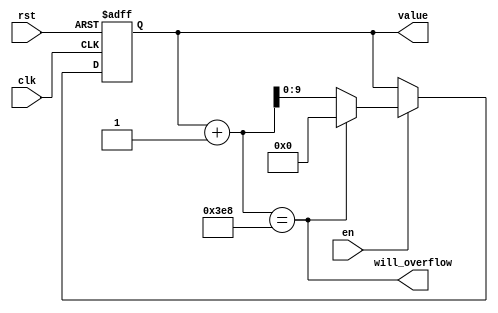
module counter (
	clk, rst, en, 
	value, 
	will_overflow
);
	parameter LIMIT = 1_000;
	parameter START_FROM = 0;
	parameter CONTINUE_FROM = START_FROM;
	
	localparam BITS = $clog2(LIMIT);
	localparam INCREMENT = 1'b1;

	input clk, rst, en;
	
	output reg [BITS-1:0] value = START_FROM;
	output will_overflow;
	
	assign will_overflow = value + INCREMENT == LIMIT;
	
	task reset;
		begin
			value <= START_FROM;
		end
	endtask
	
	task on_clock;
		begin
			if(en)
				value <= will_overflow ? CONTINUE_FROM : value + INCREMENT;
		end
	endtask
	
	always @(posedge clk or posedge rst) begin
		if (rst) reset;
		else on_clock;
	end
endmodule